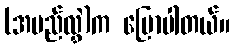
(အမည်လွှဲ)က ပြောပါတယ်။